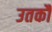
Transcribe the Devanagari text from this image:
उतकौ